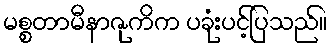
မစ္စတာမီနာဇုကိက ပခုံးပင့်ပြသည်။